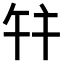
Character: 𢆏